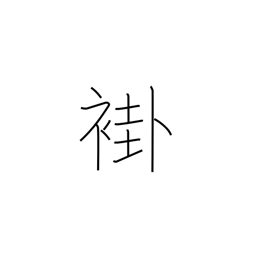
Meaning: ancient ordinary kimono